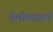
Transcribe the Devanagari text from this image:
हैलीकॉप्टरों